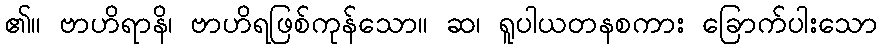
၏။ ဗာဟိရာနိ၊ ဗာဟိရဖြစ်ကုန်သော။ ဆ၊ ရူပါယတနစကား ခြောက်ပါးသော